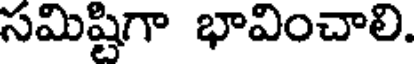
సమిష్టిగా భావించాలి.